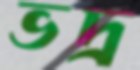
ভদ্র